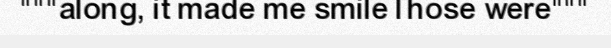
"""along, it made me smileThose were"""